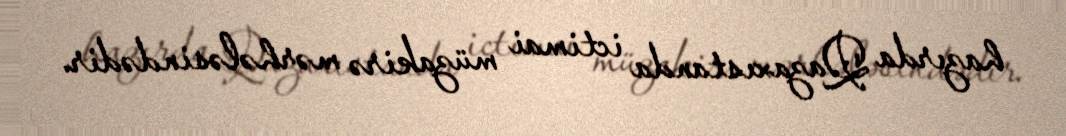
hazırda Qazaxıstanda ictimai müzakirə mərhələsindədir.